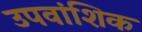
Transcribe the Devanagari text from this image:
उपवांशिक